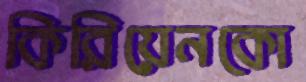
কিরিয়েনকো